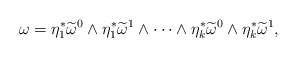
\begin{align*}\omega=\eta_1^{*}\widetilde\omega^0\wedge\eta_1^{*}\widetilde\omega^1\wedge\cdots\wedge\eta_k^{*}\widetilde\omega^0\wedge\eta_k^{*}\widetilde\omega^1,\end{align*}